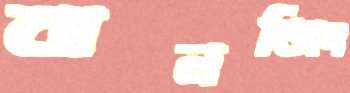
বানজিং